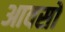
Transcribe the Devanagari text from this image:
आवसों